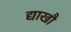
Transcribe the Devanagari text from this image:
द्याखौ